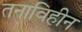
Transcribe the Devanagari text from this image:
तनाविहीन